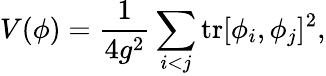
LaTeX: V(\phi)=\frac{1}{4g^{2}}\sum_{i<j}\mathrm{tr}[\phi_{i},\phi_{j}]^{2},